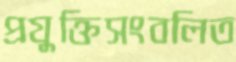
প্রযুক্তিসংবলিত